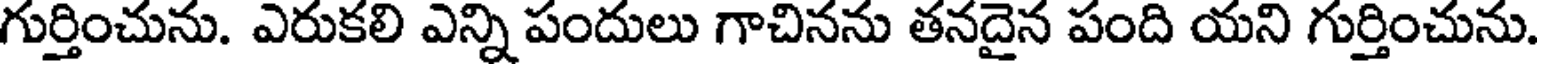
గుర్తించును. ఎరుకలి ఎన్ని పందులు గాచినను తనదైన పంది యని గుర్తించును.